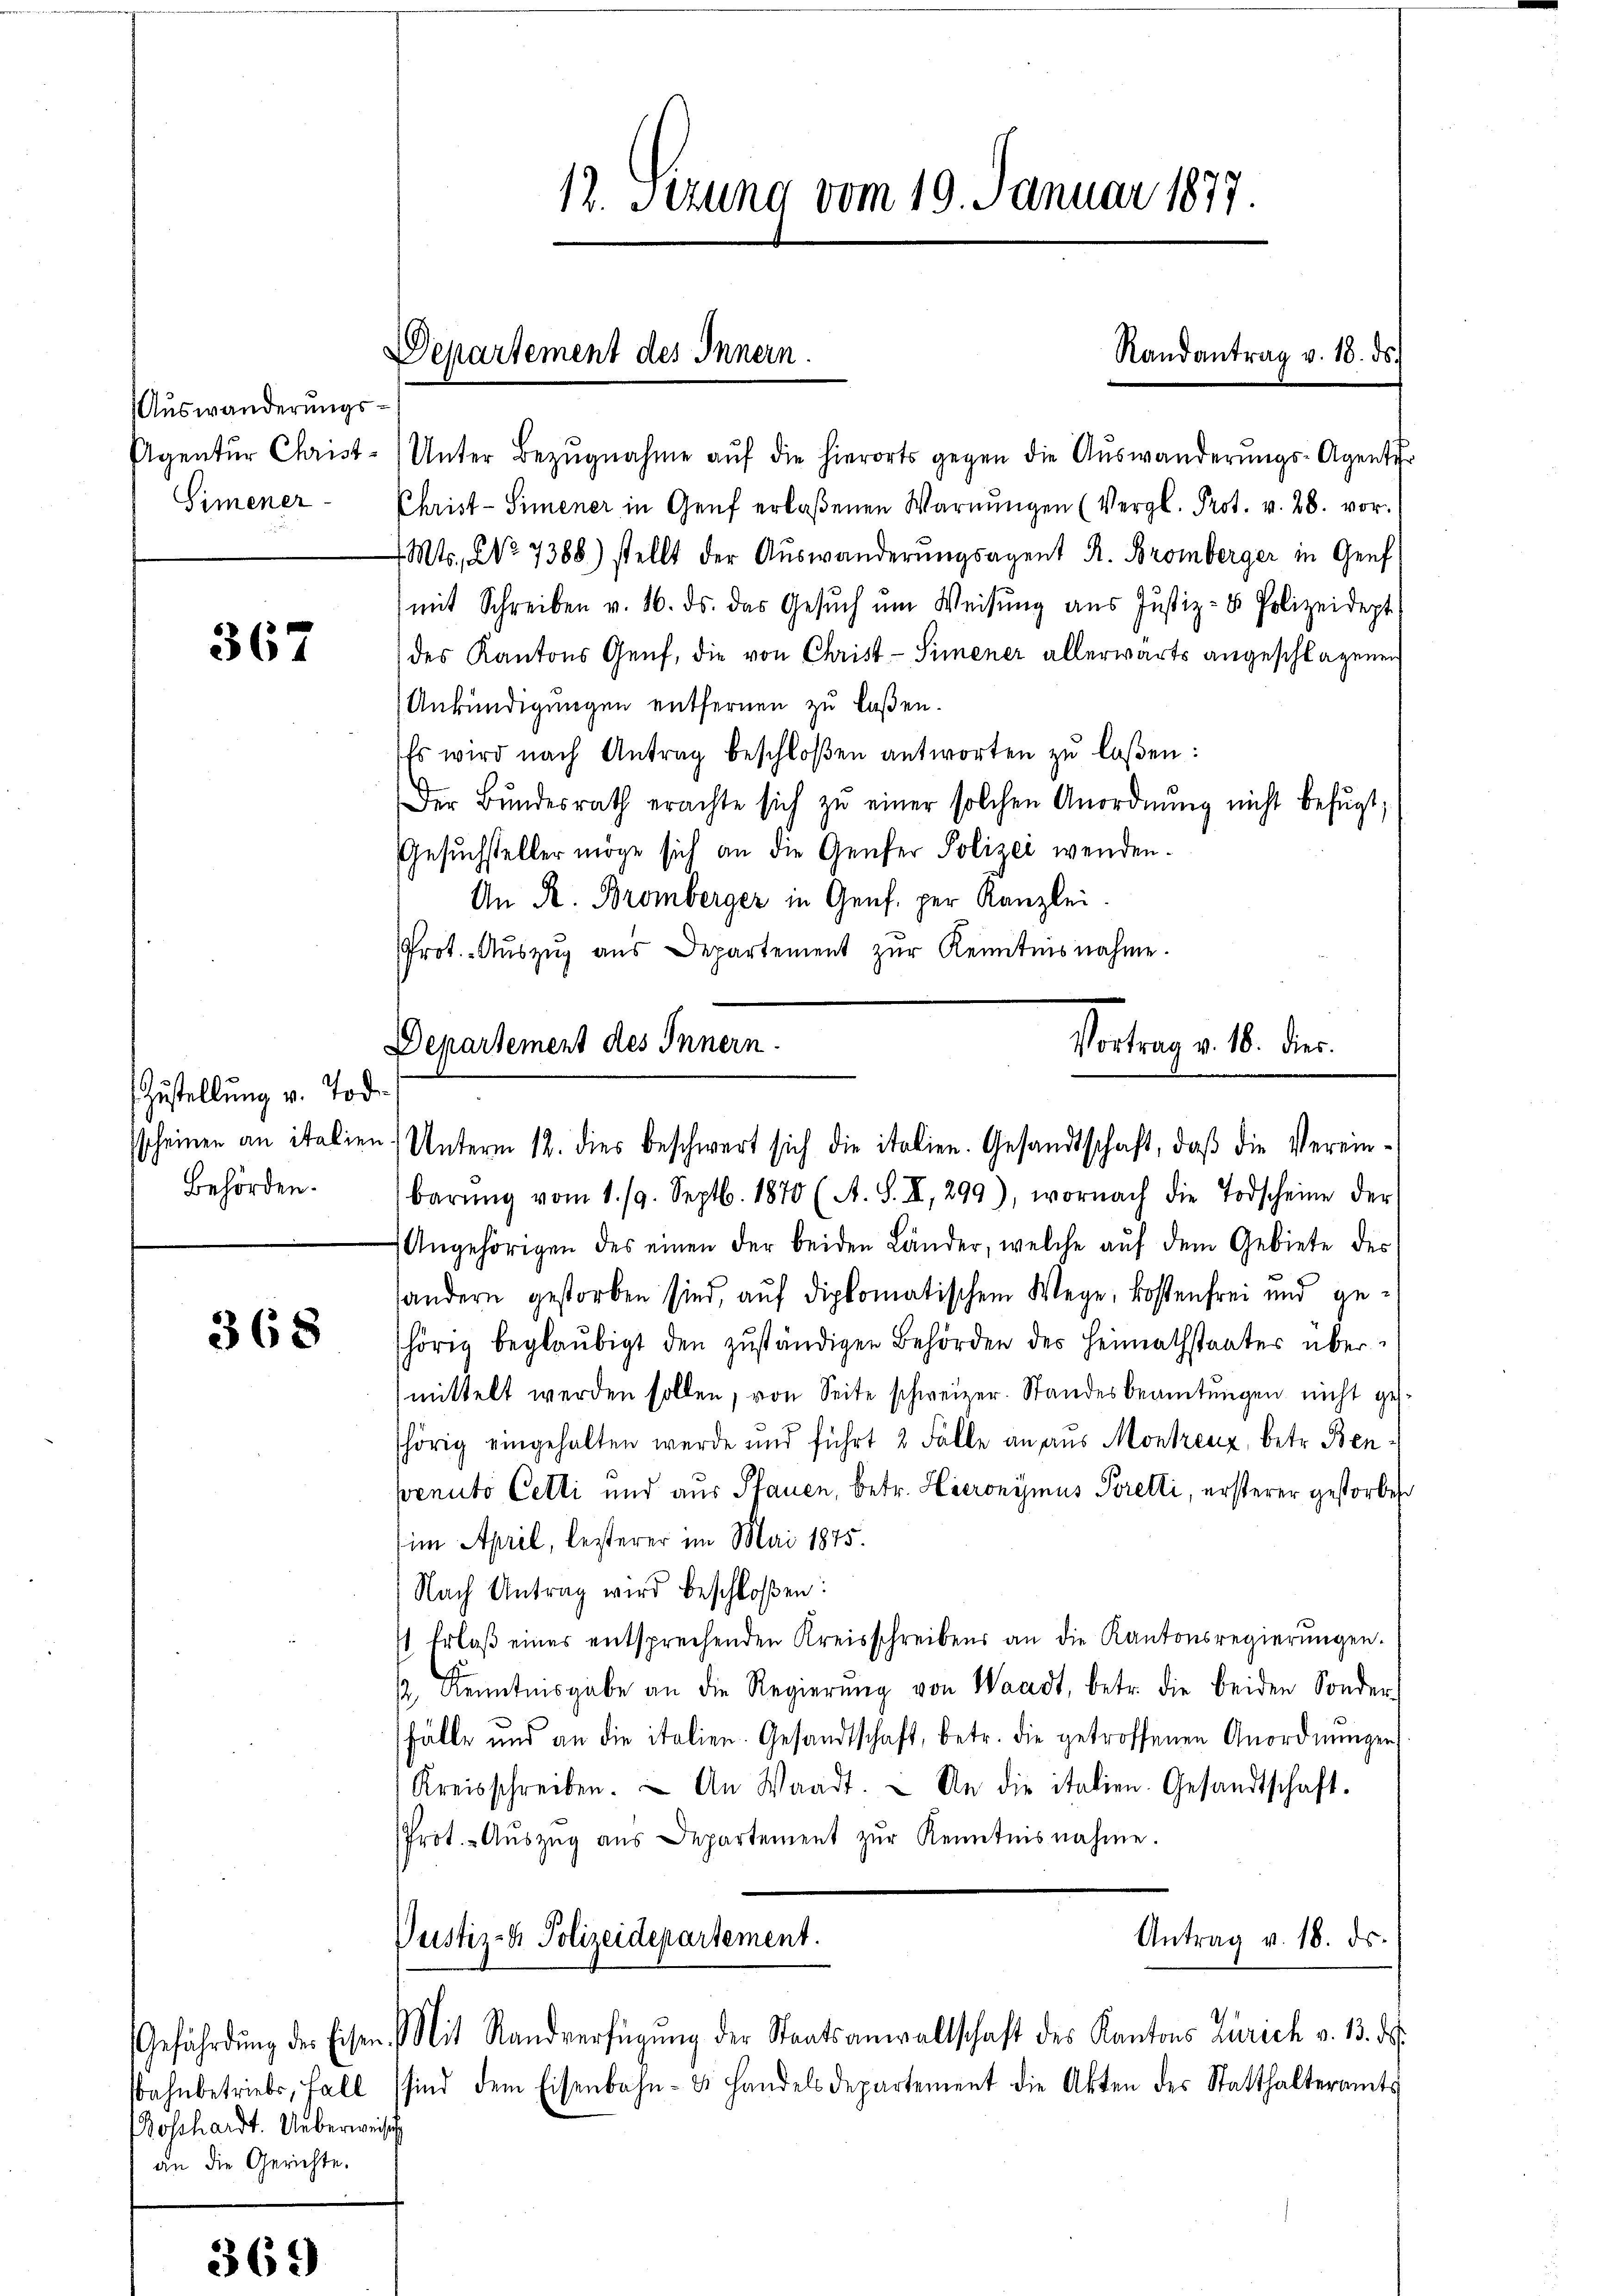
Auswanderungs¬
Simener-

367

Zustellung v. Tod.
Behörden.

368

osshardt. Ueberweiset
an die Gerichte.

365

Agentur Christ. Unter Bezŭgnahme aŭf die hierorts gegen die Auswanderŭngs-Agentir
Christ-Simener in Genf erlaßenen Warnŭngen (Vergl. Prot. v. 28. vor.
 Mts., No 7388) stellt der Aŭswanderŭngsagent R. Bromberger in Genf
mit Schreiben v. 16. ds. das Gesŭch ŭm Weisŭng aŭs Jŭstiz- & Polizeidept
des Kantons Genf, die von Christ - Simener allerwärts angeschlagenen
Ankündigungen entfernen zu laßen.
Es wird nach Antrag beschloßen antworten zu laßen:
Der Bŭndesrath erachte sich zŭ einer solchen Anordnŭng nicht befŭgt;
Gesŭchsteller möge sich an die Genfer Polizei wenden.
An R. Bromberger in Genf. per Kanzlei.
Prot. Aŭszŭg aŭs Departement zŭr Kenntnisnahme.

Departement des Innern.

12. Setzung vom 19. Januar 1877.

Vortrag v. 18. dies
Departement des Innern.
sscheinen an italien) Unterm 12. dies beschwert sich die italien. Gesandtschaft, daβ die Verein¬

Randantrag v. 18. ds.

barŭng vom 1. 19. Septb. 1870 (A. S. II, 299), wornach die Todscheine der
Angehörigen des einen der beiden Länder, welche aŭf dem Gebiete des
sandern gestorben sind, auf diplomatischem Wege, kostenfrei und gehörig beglaubigt den zuständigen Behörden des Heimathstaates übermittelt werden sollen, von Seite schweizer. Standesbeamtungen nicht gesshörig eingehalten werde und führt 2 Fälle an aus Montrenz, betr. Benvenuto Cetti und aus Pfauen, betr. Hieronymus Bretti, ersterer gestorben
im April, lesterer im Mai 1875.
Nach Antrag wird beschloßen:
 Erlaβ eines entsprechenden Kreisschreibens an die Kantonsregierŭngen.
 Kenntnisgabe an die Regierŭng von Waadt, betr. die beiden Sonder-
fälle und an die italien. Gesandtschaft, betr. die getroffenen Anordnŭngen
Kreisschreiben. An Waadt.  An die italien-Gesandtschaft.
Prot. - Aŭszŭg aŭs Departement zŭr Kenntnisnahme.
Pustiz- & Polizeidepartement.
Antrag v. 18. ds.
Gefährdŭng des Eisen. Mit Standverfügŭng der Staatsanwaltschaft des Kantons Zürich v. 13. ds.
Bahnbetriebs, Fall sind dem Eisenbahn- & Handelsdepartement die Akten des Statthalteramts